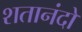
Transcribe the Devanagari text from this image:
शतानंदो